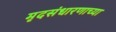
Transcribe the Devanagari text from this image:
मृदसंधारणाच्या